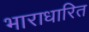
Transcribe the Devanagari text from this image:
भाराधारित